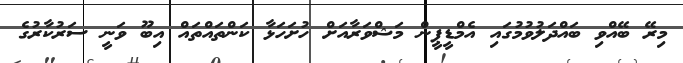
މިރޭ ބޭއްވި ބައްދަލުވުމުގައި އެމްޑީޕީން މަޝްވަރާއަށް ހުށަހަޅާ ކަންތައްތައް އިބޫ ވަނީ ސަރުކާރުގެ